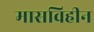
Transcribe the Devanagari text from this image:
मासविहीन